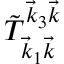
\tilde { T } _ { \vec { k } _ { 1 } \vec { k } } ^ { \vec { k } _ { 3 } \vec { k } }